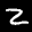
Label: 2